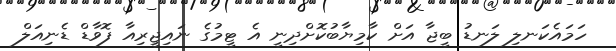
ހަމައެކަނލި ލަނޑު ބީޖާ އަށް ކާމިޔާބުކޮށްދިނީ އެ ޓީމުގެ ނައިޖީރިއާ ފޮވާޑް ޑެނިއަލް